Scottish Leaving Certificate Examination, 1957
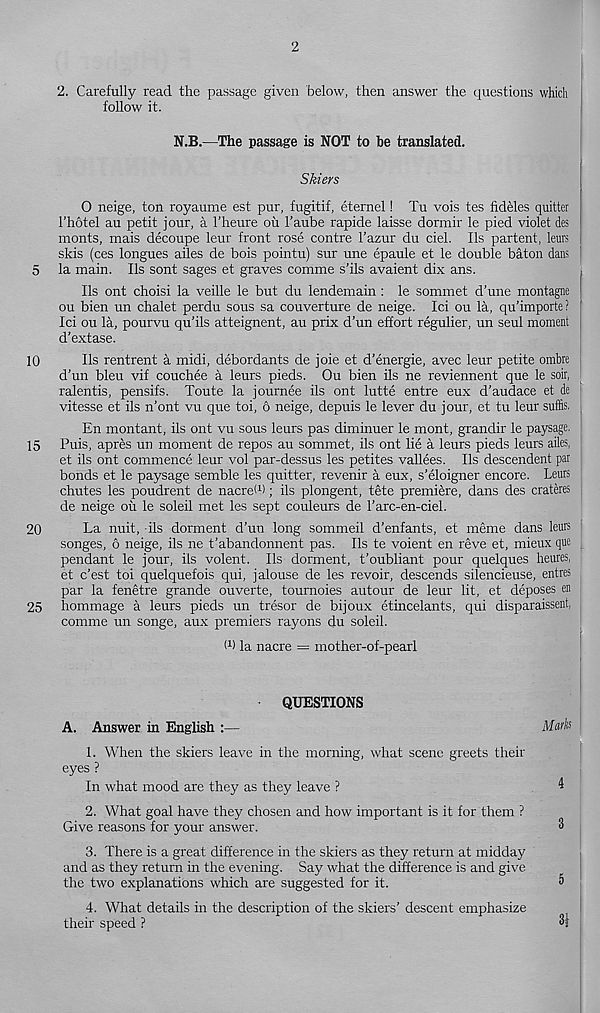
5
10
15
20
25
2
2. Carefully read the passage given below, then answer the questions which
follow it.
N.B.—The passage is NOT to be translated.
Skiers
O neige, ton royaume est pur, fugitif, eternel! Tu vois tes fideles quitter
I’hotel au petit jour, a 1’heure oil 1’aube rapide laisse dormir le pied violet des
monts, mais decoupe leur front rose contre 1’azur du ciel. Ils partent, leurs |
skis (ces longues ailes de bois pointu) sur une epaule et le double baton dans
la main. Ils sont sages et graves comme s’ils avaient dix ans.
Ils ont choisi la veille le but du lendemain : le sommet d’une montagne
ou bien un chalet perdu sous sa couverture de neige. Ici ou la, qu’importe?
Ici ou la, pourvu qu’ils atteignent, au prix d’un effort regulier, un seul moment
d’extase.
Ils rentrent a midi, debordants de joie et d’energie, avec leur petite ombre
d’un bleu vif couchee a leurs pieds. Ou bien ils ne reviennent que le soir,
ralentis, pensifs. Toute la journee ils ont lutte entre eux d’audace et de
vitesse et ils n’ont vu que toi, 6 neige, depuis le lever du jour, et tu leur suffis.
En montant, ils ont vu sous leurs pas diminuer le mont, grandir le paysage.
Puis, apres un moment de repos au sommet, ils ont lie a leurs pieds leurs ailes,
et ils ont commence leur vol par-dessus les petites vallees. Ils descendent par
bonds et le paysage semble les quitter, revenir a eux, s’eloigner encore. Leurs
chutes les poudrent de nacreW; ils plongent, tete premiere, dans des crateres
de neige ou le soleil met les sept couleurs de rarc-en-ciel.
La nuit, ils dorment d’un long sommeil d’enfants, et meme dans leurs
songes, 6 neige, ils ne t’abandonnent pas. Ils te voient en reve et, mieux que
pendant le jour, ils voient. Ils dorment, t’oubliant pour quelques heures,
et c’est toi quelquefois qui, jalouse de les revoir, descends silencieuse, entres
par la fenetre grande ouverte, tournoies autour de leur lit, et deposes en
hommage a leurs pieds un tresor de bijoux etincelants, qui disparaissent, ;
comme un songe, aux premiers rayons du soleil.
W la nacre = mother-of-pearl
QUESTIONS
A. Answer in English :—
Ahw'fc
1. When the skiers leave in the morning, what scene greets their
eyes ?
In what mood are they as they leave ?
4
2. What goal have they chosen and how important is it for them ?
Give reasons for your answer.
3
3. There is a great difference in the skiers as they return at midday
and as they return in the evening. Say what the difference is and give
the two explanations which are suggested for it.
5
4. What details in the description of the skiers’ descent emphasize
their speed ?